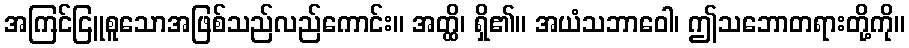
အကြင်ငြူစူသောအဖြစ်သည်လည်ကောင်း။ အတ္ထိ၊ ရှိ၏။ အယံသဘာဝေါ၊ ဤသဘောတရားတို့ကို။